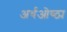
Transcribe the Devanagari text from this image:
अर्धओष्ठ्य